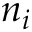
n _ { i }